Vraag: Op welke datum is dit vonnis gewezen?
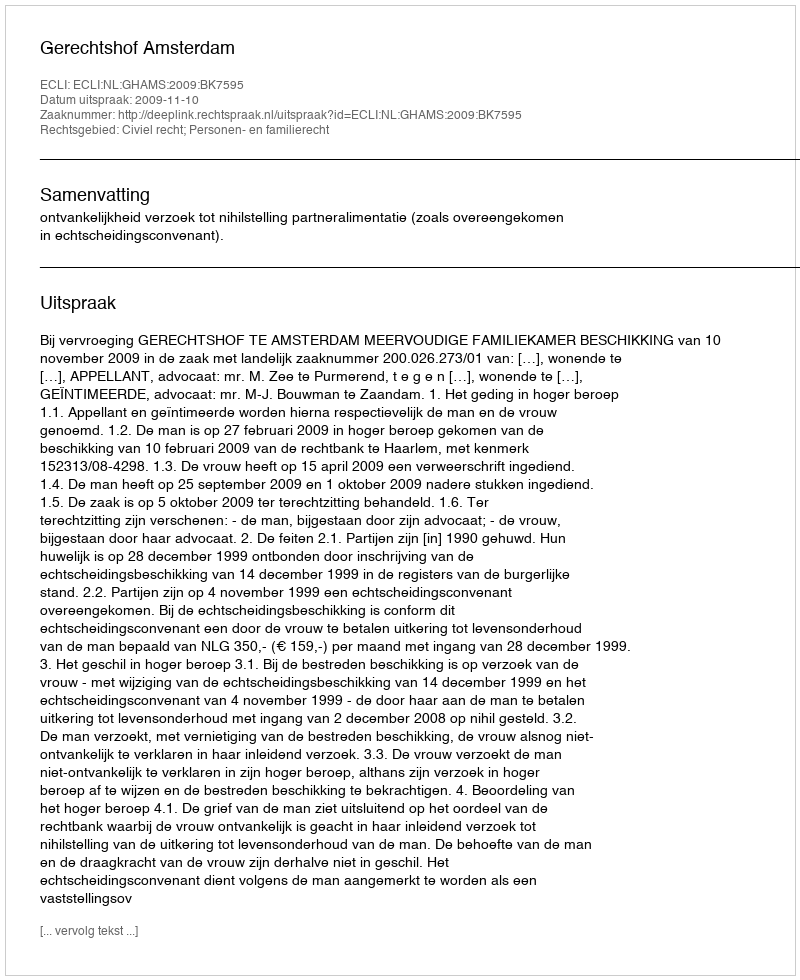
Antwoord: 2009-11-10